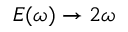
{ E ( \omega ) \to 2 \omega }